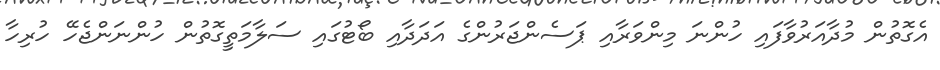
އެގޮތުން މުދާއަރުވާފައި ހުންނަ މިންވަރާއި ޕަސެންޖަރުންގެ އަދަދާއި ބޯޓުގައި ސަލާމަތީގޮތުން ހުންނަންޖެހޭ ހުރިހާ